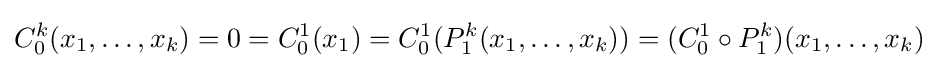
C_{0}^{k}(x_{1},\ldots ,x_{k})=0=C_{0}^{1}(x_{1})=C_{0}^{1}(P_{1}^{k}(x_{1},\ldots ,x_{k}))=(C_{0}^{1}\circ P_{1}^{k})(x_{1},\ldots ,x_{k})